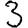
Digit: 3